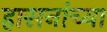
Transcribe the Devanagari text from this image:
हासनांच्या